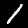
Label: 1